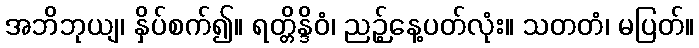
အဘိဘုယျ၊ နှိပ်စက်၍။ ရတ္တိန္ဒိဝံ၊ ညဉ့်နေ့ပတ်လုံး။ သတတံ၊ မပြတ်။